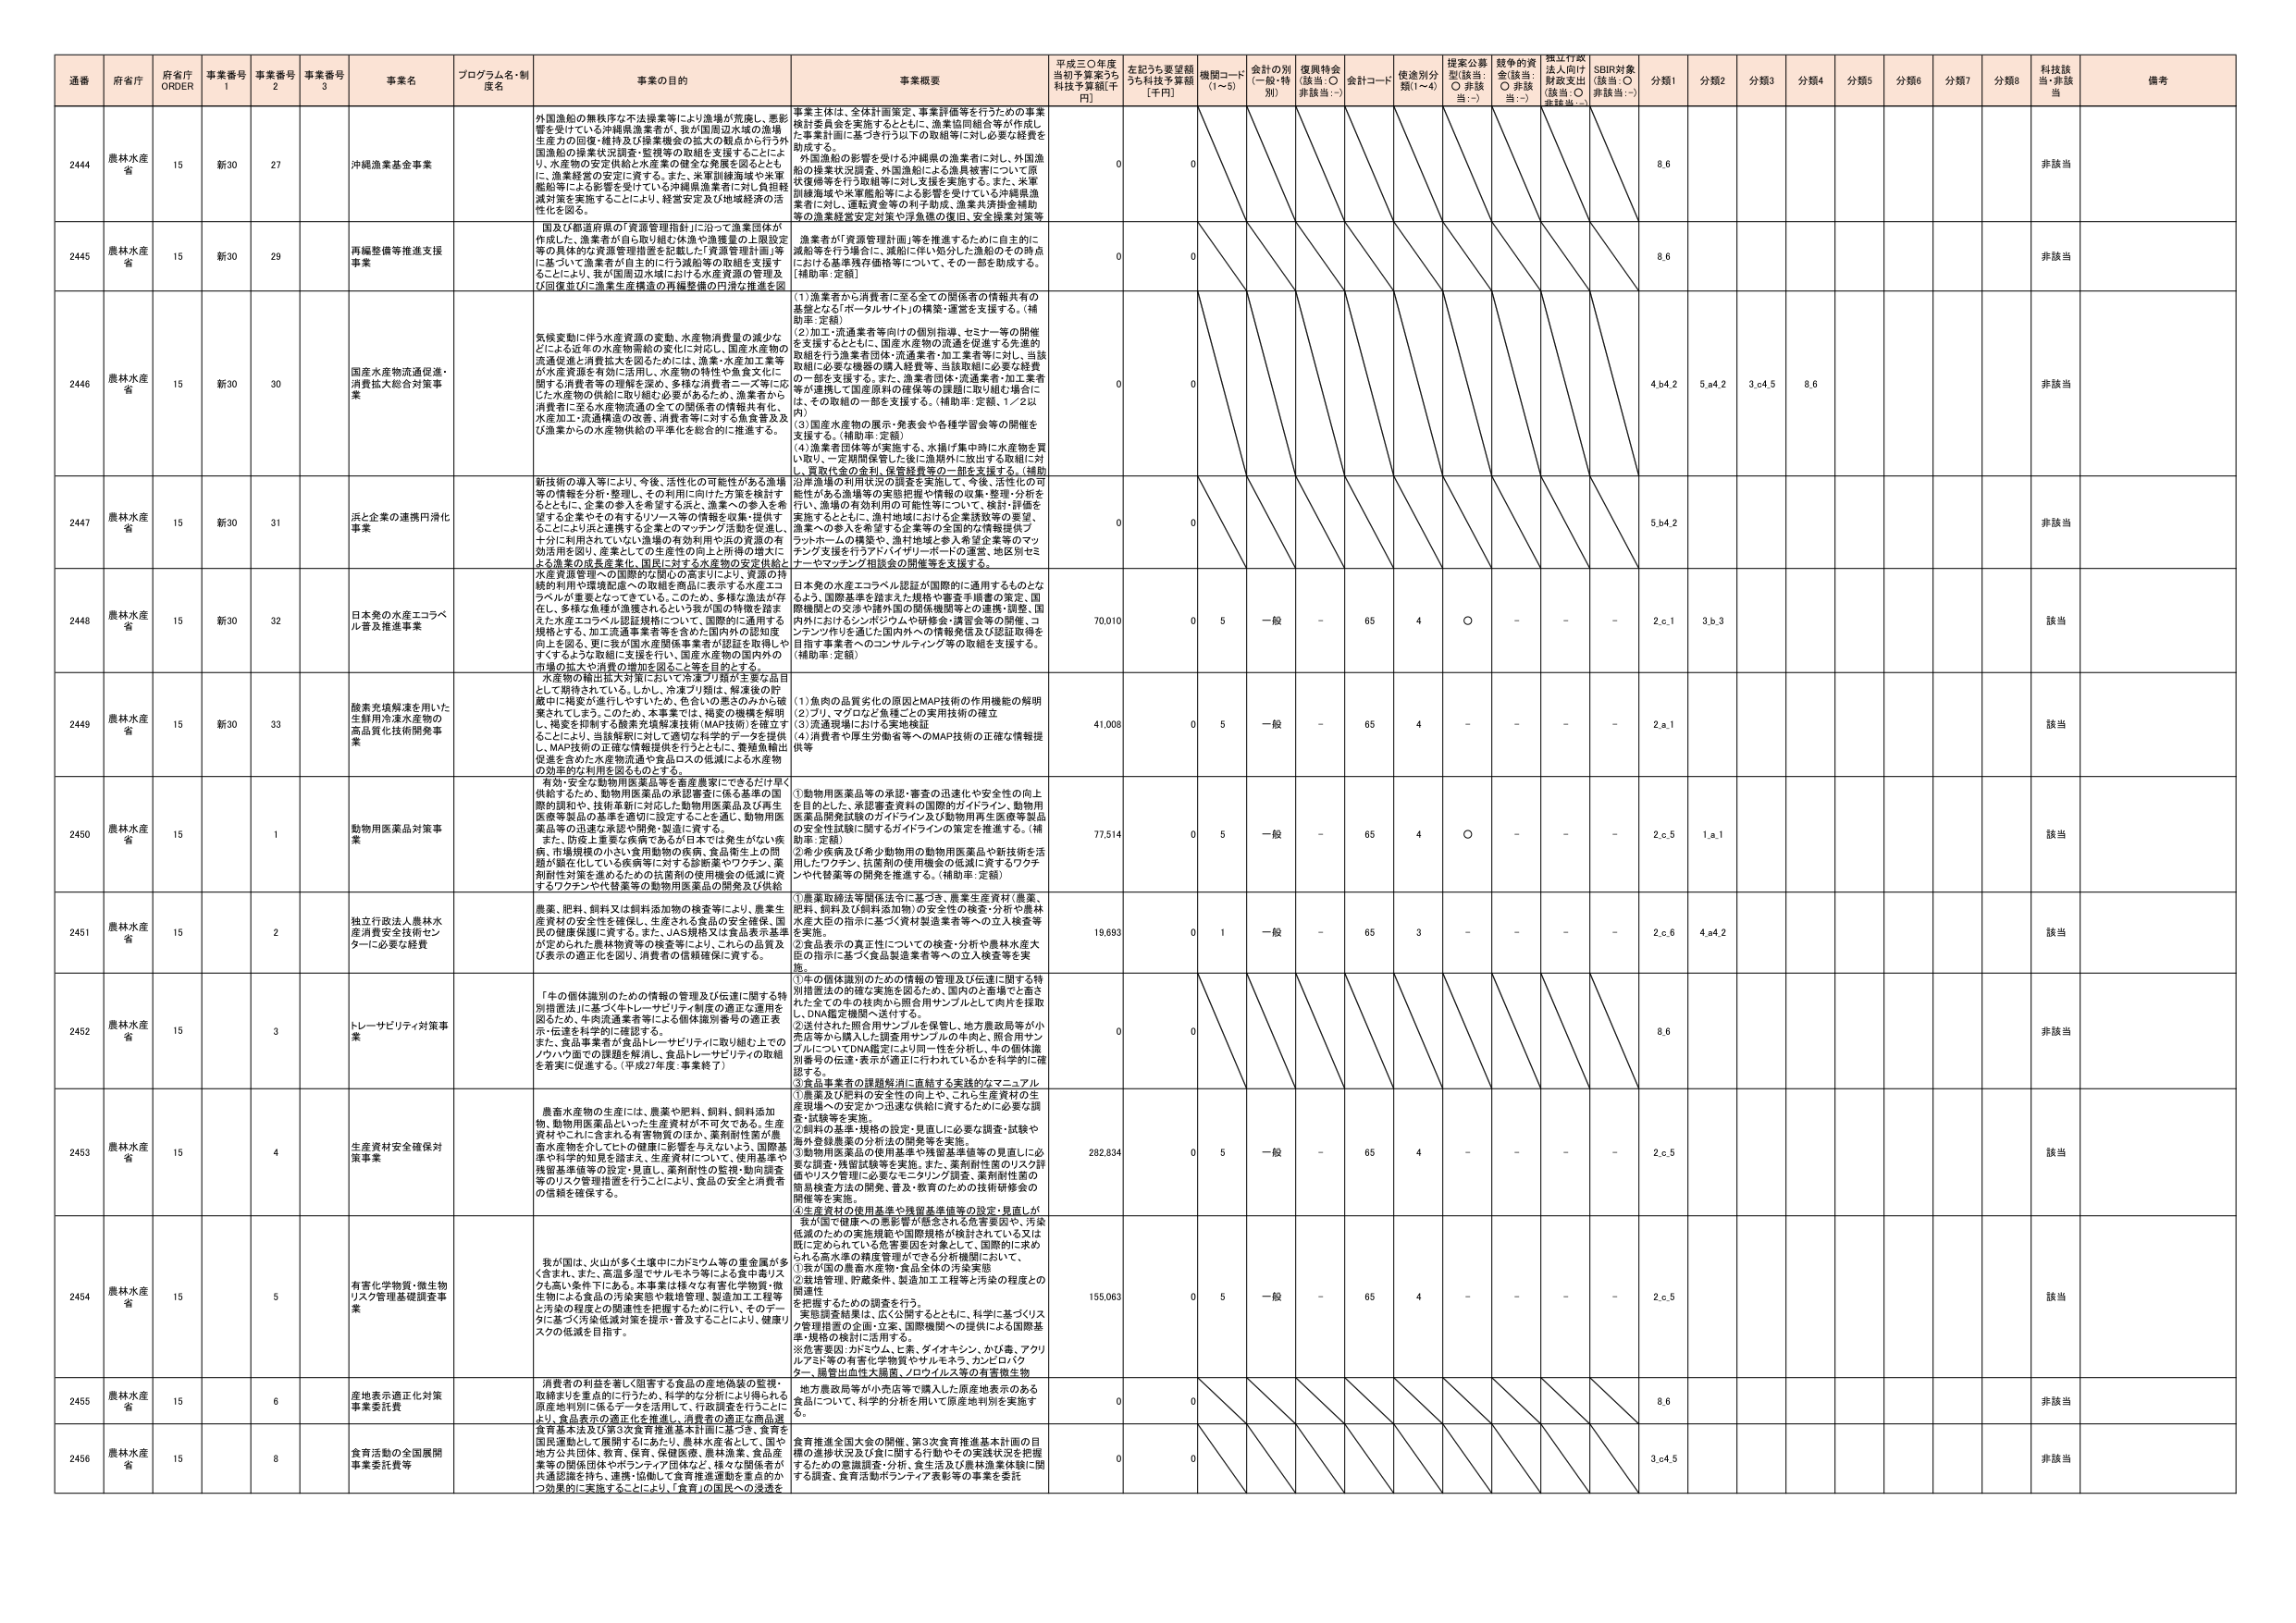
通番 府省庁 府省庁 ORDER 事業番号 1 事業番号 2 事業番号 3 事業名 プログラム名・制度名 事業の目的 事業概要 平成三〇年度当初予算案うち 科技予算額[千円] 左記うち要望額うち科技予算額[千円] 機関コード(1~5) 会計の別(一般・特別) 復興特会(該当:○ 非該当:－) 会計コード 使途別分類(1~4) 提案公募型(該当:○ 非該当:－) 認争的資金(該当:○ 非該当:－) 採択行政法人向け財政支出(該当:○ 非該当:－) SDBR対象(該当:○ 非該当:－) 分類1 分類2 分類3 分類4 分類5 分類6 分類7 分類8 科技該当・非該当 備考

2444 農林水産省 15 新30 27 沖縄漁業基金事業 外国漁船の無秩序な不法操業等により漁場が荒廃し、悪影響を受けている沖縄県漁業者等が、我が国周辺水域の漁場生産力の回復・維持及び操業機会の拡大の観点から行う外国漁船の操業状況調査・監視等の取組を支援することにより、水産物の安定供給と水産業の健全な発展を図るとともに、漁業経営の安定に資する。また、米軍訓練域等や米軍艦船等による影響を受けている沖縄県漁業者に対し負担軽減対策を実施することにより、経営安定及び地域経済の活性化を図る。 事業主体は、全体計画策定、事業評価等を行うための事業検討委員会を実施するとともに、漁業協同組合等が作成した事業計画に基づき行う以下の取組等に対し必要な経費を助成する。 外国漁船の影響を受ける沖縄県の漁業者に対し、外国漁船の操業状況調査、外国漁船による漁具被害についての原状復帰等を行う取組等に対し支援を実施する。また、米軍訓練海域や米軍艦船等による影響を受けている沖縄県漁業者に対し、運転資金等の利子助成、漁業共済掛金補助等の漁業経営安定対策や浮魚礁の復旧、安全操業対策等 0 0 8.6 非該当

2445 農林水産省 15 新30 29 再編整備等推進支援事業 国及び都道府県の「資源管理指針」に沿って漁業団体が作成した、漁業者が自ら取り組む水温や漁獲量の上限設定等の具体的な資源管理措置を記載した「資源管理計画」等に基づいて漁業者が自主的に行う取組等について、支援することにより、我が国周辺水域における水産資源の管理及び回復並びに漁業生産構造の再編整備の円滑な推進を図 漁業者が「資源管理計画」等を推進するために自主的に減漁等を行う場合に、減漁に伴い発生した漁船のその時点における基準資格価格等について、その一部を助成する。〔補助率：定額〕 0 0 8.6 非該当

2446 農林水産省 15 新30 30 国産水産物流通促進・消費拡大総合対策事業 気候変動に伴う水産資源の変動、水産物消費量の減少などによる近年の水産物需給の変化に対応し、国産水産物の流通促進と消費拡大を図るためには、漁業・水産加工業等が水産資源を有効に活用し、水産物の特性や食食文化に関する消費者等の理解を深め、多様な消費者ニーズ等に応じた水産物の供給に取り組む必要があるため、漁業者から消費者に至る水産物流通の全ての関係者の情報共有化、水産加工・流通構造の改善、消費者等に対する魚食普及及び漁業からの水産物供給の平準化を総合的に推進する。 (1)漁業者から消費者に至る全ての関係者の情報共有の推進となる「ホ－タルサイト」の構築・運営を支援する。〔補助率：定額〕 (2)加工・流通業者等向けの個別指導、セミナー等の開催を支援するとともに、国産水産物の流通を促進する先進的取組を行う漁業者団体・流通業者・加工業者等に対し、当該取組に必要な機器の購入経費等、当該取組に必要な経費の一部を支援する。また、漁業者団体・流通業者・加工業者等が連携して国産原料の確保等の課題に取り組む場合に、その取組の一部を支援する。〔補助率：定額、1／2以内〕 (3)国産水産物の展示・発表会や各種学習会等の開催を支援する。〔補助率：定額〕 (4)漁業者団体等が実施する、水揚げ集中時に水産物を買い取り、一定期間保管した後に漁師外に放出する取組に対し、買取代金の金利、保管経費等の一部を支援する。〔補助率：定額〕 沿岸漁場の利用状況の調査を実施して、今後、活性化の可能性がある漁場等の実態把握や情報の収集・整理・分析を行い、漁場の有効利用の可能性等について、検討・評価を実施するとともに、漁村地域における企業誘致等の促進、漁業への参入を希望する企業等の全国的な情報提供プラットホームの構築や、漁村地域と参入希望企業等のマッチング支援を行うアドバイザリーボードの運営、地区別セミナー・ヤマッチング相談会の開催等を支援する。 0 0 4.b4.2 5.a4.2 3.c4.5 8.6 非該当

2447 農林水産省 15 新30 31 浜と企業の連携円滑化事業 新技術の導入等により、今後、活性化の可能性がある漁場等の情報を分析・整理し、その利用に向けた方策を検討するとともに、企業の参入を希望する浜と、漁業への参入を希望する企業等との参入するリソース等の情報収集・提供することにより、連携する企業とのマッチング活動を促進し、十分に利用されていない漁場の有効利用や浜の資源の有効活用を図り、産業としての生産性の向上と所得の増大による漁業の発展を図る。国際に対する水産物の安定供給と水産資源管理への国際的な対応への貢献により、資源の持続的利用や環境配慮への取組を商品に表示する水産エコラベルが重要となってきている。このため、多様な漁法が存在し、多様な魚種が漁獲されるという我が国の特徴を踏まえた水産エコラベル認証規格について、国際的に通用する規格とする。加工流通業者等を含めた国内外の認知度向上を図る、更に我が国水産関係事業者が認証を取得しやすいような取組に支援を行い、国産水産物の国内外の市場の拡大や消費の増加を図ること等を目的とする。 0 0 5.b4.2 非該当

2448 農林水産省 15 新30 32 日本発の水産エコラベル普及推進事業 水産物の輸出拡大対策において冷凍ブリ類は主要な品目として期待されている。しかし、冷凍ブリ類は、解凍後の貯蔵中に褐変が進行しやすいため、色合いの悪さのみから破棄されてしまう。このため、本事業では、褐変の機構を解明し、褐変を抑制する酸素光環境技術(MAP技術)を確立することにより、当該規制に対して適切な科学的データを提供し、MAP技術の正確な情報提供を行うとともに、養殖魚輸出促進を含めた水産物流通や食品ロスの低減による水産物の効率的な利用を図るものとする。 日本発の水産エコラベル認証が国際的に通用するものとなるよう、国際基準を踏まえた規格や審査手順書の策定、国際機関との交渉や諸外国の関係機関等との連携・調整、国内外におけるシンポジウムや研修会・講習会等の開催、コアメンバーを通り、国際への情報発信及び認証取得を目的とする事業者のコンサルティング等の取組を支援する。〔補助率：定額〕 70,010 0 5 一般 - 65 4 ○ - - - 2.c.1 3.b.3 該当

2449 農林水産省 15 新30 33 酸素充填解凍を用いた生鮮用冷凍水産物の高品質化技術開発事業 (1)魚肉の品質劣化の原因とMAP技術の作用機能の解明 (2)ブリ、マグロなど魚種ごとの実用技術の確立 (3)流通現場における実地検証 (4)消費者や厚生労働省等へMAP技術の正確な情報提供等 41,008 0 5 一般 - 65 4 - - - - 2.a.1 該当

2450 農林水産省 15 1 動物用医薬品対策事業 有効・安全な動物用医薬品等を畜産農家にできるだけ早く供給するため、動物用医薬品の承認審査に係る基準の国際的調和や、技術革新に対応した動物用医薬品及び再生医療等製品の基準を適切に設定することを通し、動物用医薬品等の迅速な承認や開発・流通に資する。 また、防疫上重要とされている日本では発生がない疾病、市場規模の小さい食用動物の疾病、食品衛生上の問題が顕在化している疾病等に対する診断薬やワクチン、薬剤耐性対策を進めるための抗菌剤の使用機会の低減に資するワクチンや代替薬等の動物用医薬品の開発及び供給 ①動物用医薬品等の承認・審査の迅速化や安全性の向上を目的とした、承認審査資料の国際的ガイドライン、動物用医薬品開発試験のガイドライン及び動物用再生医療等製品の安全性試験に関するガイドラインの策定を推進する。〔補助率：定額〕 ②希少疾病及び希少動物用の動物用医薬品や新技術を活用したワクチン、抗菌剤の使用機会の低減に資するワクチンや代替薬等の開発を推進する。〔補助率：定額〕 77,514 0 5 一般 - 65 4 ○ - - - 2.c.5 1.a.1 該当

2451 農林水産省 15 2 独立行政法人農林水産消費安全技術センターに必要な経費 農薬、肥料、飼料又は飼料添加物の検査等により、農業生産資材の安全性を確保し、生産される食品の安全確保、国民の健康保護に資する。また、JAS規格又は食品表示基準が定められた農林水産物等の検査等により、これらの品質及び表示の適正化を図り、消費者の信頼確保に資する。 ①農薬取締法等関係法令に基づき、農業生産資材（農薬、肥料、飼料及び飼料添加物）の安全性の検査・分析や農林水産大臣の指示に基づく資材製造業者等への立入検査等を実施。 ②食品表示の真正性についての検査・分析や農林水産大臣の指示に基づく食品製造業者等への立入検査等を実施。 19,693 0 1 一般 - 65 3 - - - - 2.c.6 4.a4.2 該当

2452 農林水産省 15 3 トレーサビリティ対策事業 「牛の個体識別のための情報の管理及び伝達に関する特別措置法」に基づく牛トレーサビリティ制度の適正な運用を図るため、牛肉流通業者等による個体識別番号の適正表示・伝達を科学的に確認する。 また、食品事業者が食品トレーサビリティに取り組む上でのノウハウ面での課題を解消し、食品トレーサビリティの取組を着実に促進する。(平成27年度・事業終了) ①牛の個体識別のための情報の管理及び伝達に関する特別措置法の的確な実施を図るため、国内のと畜場でと畜された全ての牛の枝肉から照合用サンプルとして肉片を採取し、DNA鑑定機関へ送付する。 ②送付された照合用サンプルを保管し、地方農政局等が小売店等から購入した調査用サンプルの牛肉と、照合用サンプルについてDNA鑑定により同一性を分析し、牛の個体識別番号の伝達・表示が適正に行われているかを科学的に確認する。 ③食品事業者の課題解消に直結する実践的なマニュアルの作成及び肥料の安全性の向上や、これら生産資材の生産現場への安定かつ迅速な供給に資するために必要な調査・試験等を実施。 0 0 8.6 非該当

2453 農林水産省 15 4 生産資材安全確保対策事業 農畜水産物の生産には、農薬や肥料、飼料、飼料添加物、動物用医薬品といった生産資材が不可欠である。生産資材の中に含まれる有害物質のほか、薬剤耐性菌が農畜水産物を介してヒトの健康に影響を与えている。国際基準や科学的知見を踏まえ、生産資材について、使用基準や残留基準値等の設定・見直し、薬剤耐性の監視・動向調査等のリスク管理措置を行うことにより、食品の安全と消費者の信頼を確保する。 ①農薬及び肥料の安全性の向上や、これら生産資材の生産現場への安定かつ迅速な供給に資するために必要な調査・試験等を実施。 ②飼料の基準・規格の設定・見直しに必要な調査・試験や海外登録農薬の分析法の開発等を実施。 ③動物用医薬品の使用基準や残留基準値等の見直しに必要な調査、残留試験等を実施。また、薬剤耐性菌のリスク評価やリスク管理に必要なモニタリング調査、薬剤耐性菌の簡易検査方法の開発、普及・教育のための技術研修会の開催等を実施。 ④生産資材の使用基準や残留基準値等の設定・見直しが我が国で健康への悪影響が懸念される危害要因や、汚染低減のための実施規範や国際規格が検討されている又は既に定められている危害要因を対象として、国際的に求められる高水準の精度管理ができる分析機関において、 282,834 0 5 一般 - 65 4 - - - - 2.c.5 該当

2454 農林水産省 15 5 有害化学物質・微生物リスク管理基礎調査事業 我が国は、火山が多く土壌中にカドミウム等の重金属が多く述べ、また、高温多湿でサルモネラ等による食中毒リスクが高い条件下にある。本事業は様々な有害化学物質・微生物による食品の汚染発生の危険管理、製造加工工程等と汚染の程度との関連性を把握するために行い、そのデータに基づく汚染低減対策を提示・普及することにより、健康リスクの低減を目指す。 ①我が国の食畜水産物・食品全体の汚染実態 ②栽培管理、貯蔵条件、製造加工工程等と汚染の程度との関連性 を把握するための調査を行う。 ③国際基準の企画・立案、国際機関への提供による国際基準・規格の検討に活用する。 ※危害要因：カドミウム、ヒ素、ダイオキシン、かび毒、アクリルアミド等の有害化学物質やサルモネラ、カンピロバクター、腸管出血性大腸菌、ノロウイルス等の有害微生物 155,063 0 5 一般 - 65 4 - - - - 2.c.5 該当

2455 農林水産省 15 6 産地表示適正化対策事業委託費 消費者の利益を著しく阻害する食品の産地偽装の監視、取締りを重点的に行うため、科学的な分析により得られる原産地判別に係るデータを活用して、行政調査を行うことにより、食品表示の適正化を推進し、消費者の適正な商品選択を支援する。 地方農政局等が小売店等で購入した原産地表示のある食品について、科学的分析を用いて原産地判別を実施する。 0 0 8.6 非該当

2456 農林水産省 15 8 食育活動の全国展開事業委託費 食育基本法及び食育推進基本計画に基づき、食育を国民運動として展開するにあたり、農林水産省として、国や地方公共団体、教育、保育、保健医療、農林漁業、食品産業等の関係団体やボランティア団体など、様々な関係者が共通認識を持ち、連携・協働して食育推進運動を重点的かつ効果的に実施することにより、「食育」の国民への浸透を 食育推進全国大会の開催、第3次食育推進基本計画の目標の進捗状況及び食に関する行動やその実践状況を把握するための意識調査・分析、食生活及び農林漁業体験に関する調査、食育活動ボランティア表彰等の事業を委託 0 0 3.c4.5 非該当